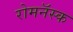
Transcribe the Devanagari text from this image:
रोमनॅस्क